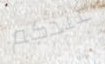
عندكم